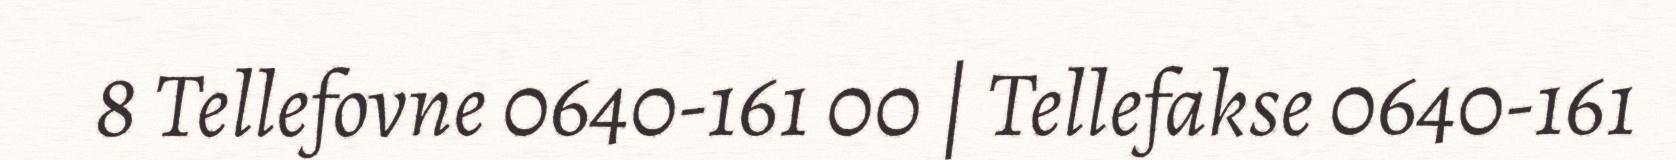
8 Tellefovne 0640-161 00 | Tellefakse 0640-161